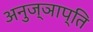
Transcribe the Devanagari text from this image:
अनुज्ञाप्ति